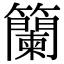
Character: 籣